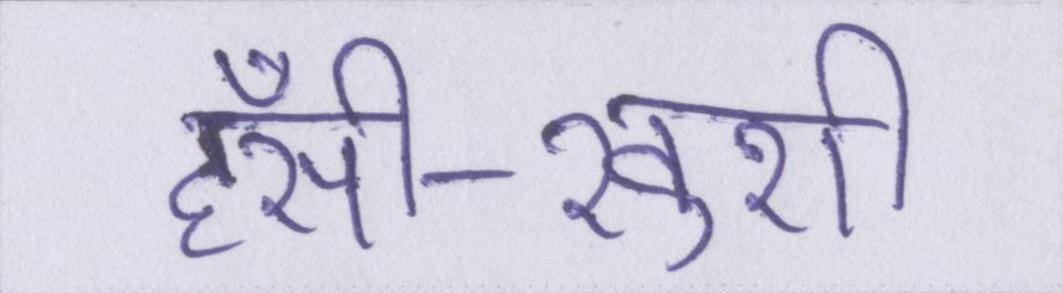
हँसी-खुशी